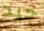
جيد